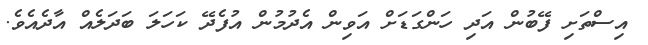
އިސްތަށި ފޭބުން އަދި ހަންގަޑަށް އަވިން އެދުމުން އުފެދޭ ކަހަލަ ބަދަލެއް އާދެއެވެ.